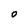
Character: O